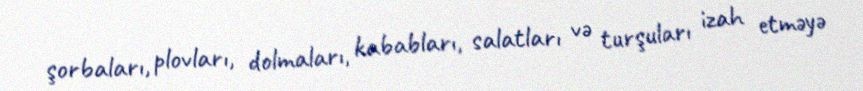
şorbaları, plovları, dolmaları, kababları, salatları və turşuları izah etməyə